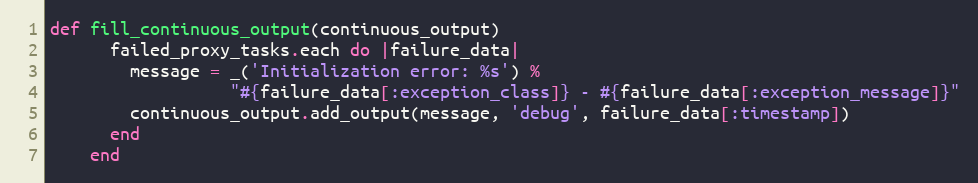
Language: Ruby
def fill_continuous_output(continuous_output)
      failed_proxy_tasks.each do |failure_data|
        message = _('Initialization error: %s') %
                  "#{failure_data[:exception_class]} - #{failure_data[:exception_message]}"
        continuous_output.add_output(message, 'debug', failure_data[:timestamp])
      end
    end